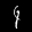
Label: 4